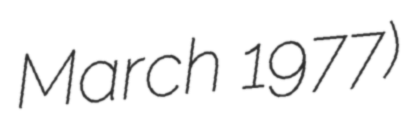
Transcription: March 1977)